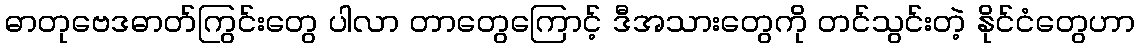
ဓာတုဗေဒဓာတ်ကြွင်းတွေ ပါလာ တာတွေကြောင့် ဒီအသားတွေကို တင်သွင်းတဲ့ နိုင်ငံတွေဟာ